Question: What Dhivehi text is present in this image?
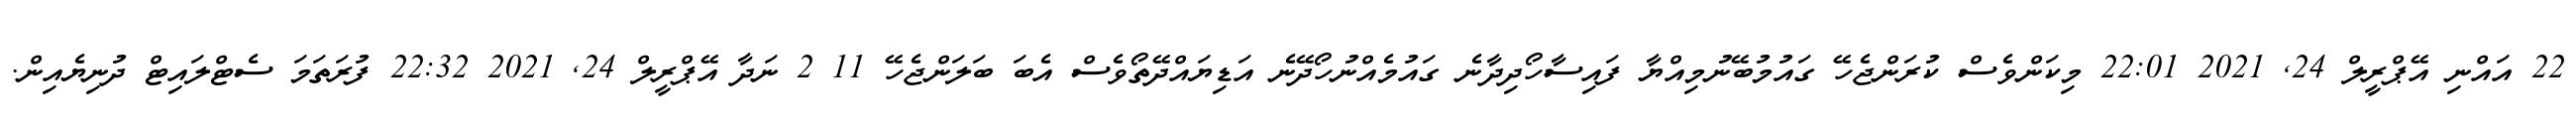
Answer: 22 އައްނި އޭޕްރީލް 24, 2021 22:01 މިކަންވެސް ކުރަންޖެހޭ ގައުމުބޭނުމިއްޔާ ފައިސާހޯދިދާނެ ގައުމެއްނުހޯދޭނެ އަޑިޔައްދޭތޯވެސް އެބަ ބަލަންޖެހޭ 11 2 ނަދާ އޭޕްރީލް 24, 2021 22:32 ފުރަތަމަ ސެޓްލައިޓް ދުނިޔެއިން.